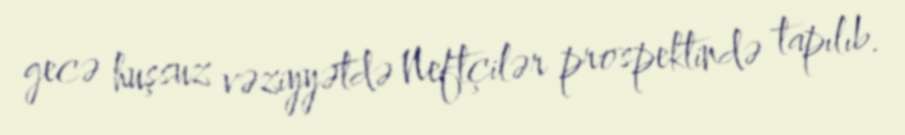
gecə huşsuz vəziyyətdə Neftçilər prospektində tapılıb.